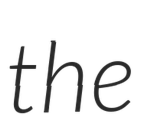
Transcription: the